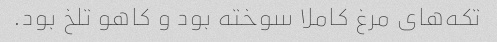
تکه‌های مرغ کاملا سوخته بود و کاهو تلخ بود.